Scottish assistants in French schools and colleges, 1932
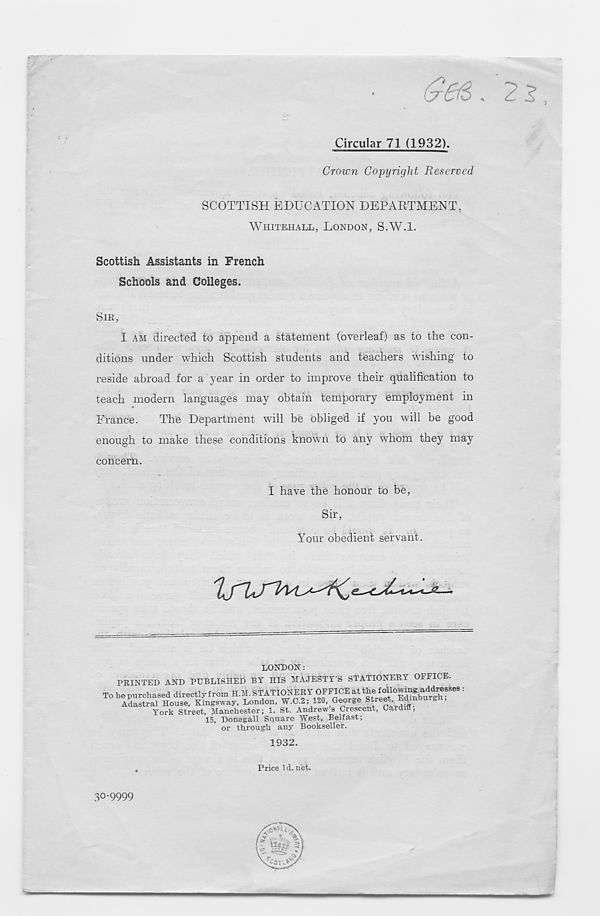
&&?>, 2 2
Circular 71 (1932).
Grown Copyright Reserved
SCOTTISH EDUCATION DEPARTMENT
WHITEHALL, LONDON, S.W.l.
Scottish Assistants in French
Schools and Colleges.
Sm,
I AM directed to append a statement (overleaf) as to the con-
ditions under which Scottish students and teachers wishing to
reside abroad for a year in order to improve their qualification to
teach modern languages may obtain temporary employment in
France.
The Department will be obliged if you will be good
enough to make these conditions known to any whom they may
concern.
I have the honour to be
Sir,
Your obedient servant.
LONDON:
PRINTED AND PUBLISHED BY HIS MAJESTY'S STATIONERY OFFICE.
1932.
Price ld.net.
30-9999